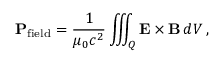
\mathbf { P } _ { \mathrm { f i e l d } } = { \frac { 1 } { \mu _ { 0 } c ^ { 2 } } } \iiint _ { Q } \mathbf { E } \times \mathbf { B } \, d V \, ,